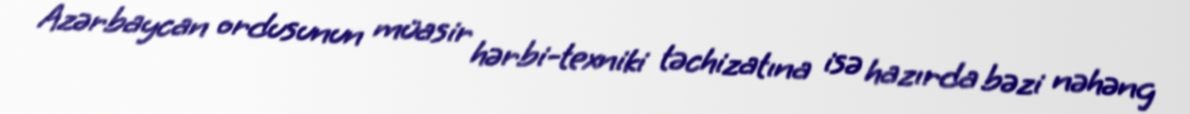
Azərbaycan ordusunun müasir hərbi-texniki təchizatına isə hazırda bəzi nəhəng